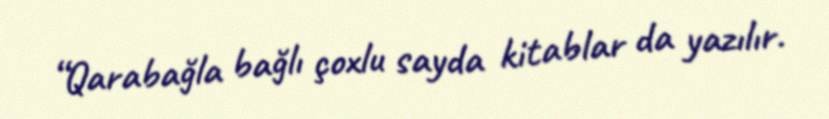
“Qarabağla bağlı çoxlu sayda kitablar da yazılır.